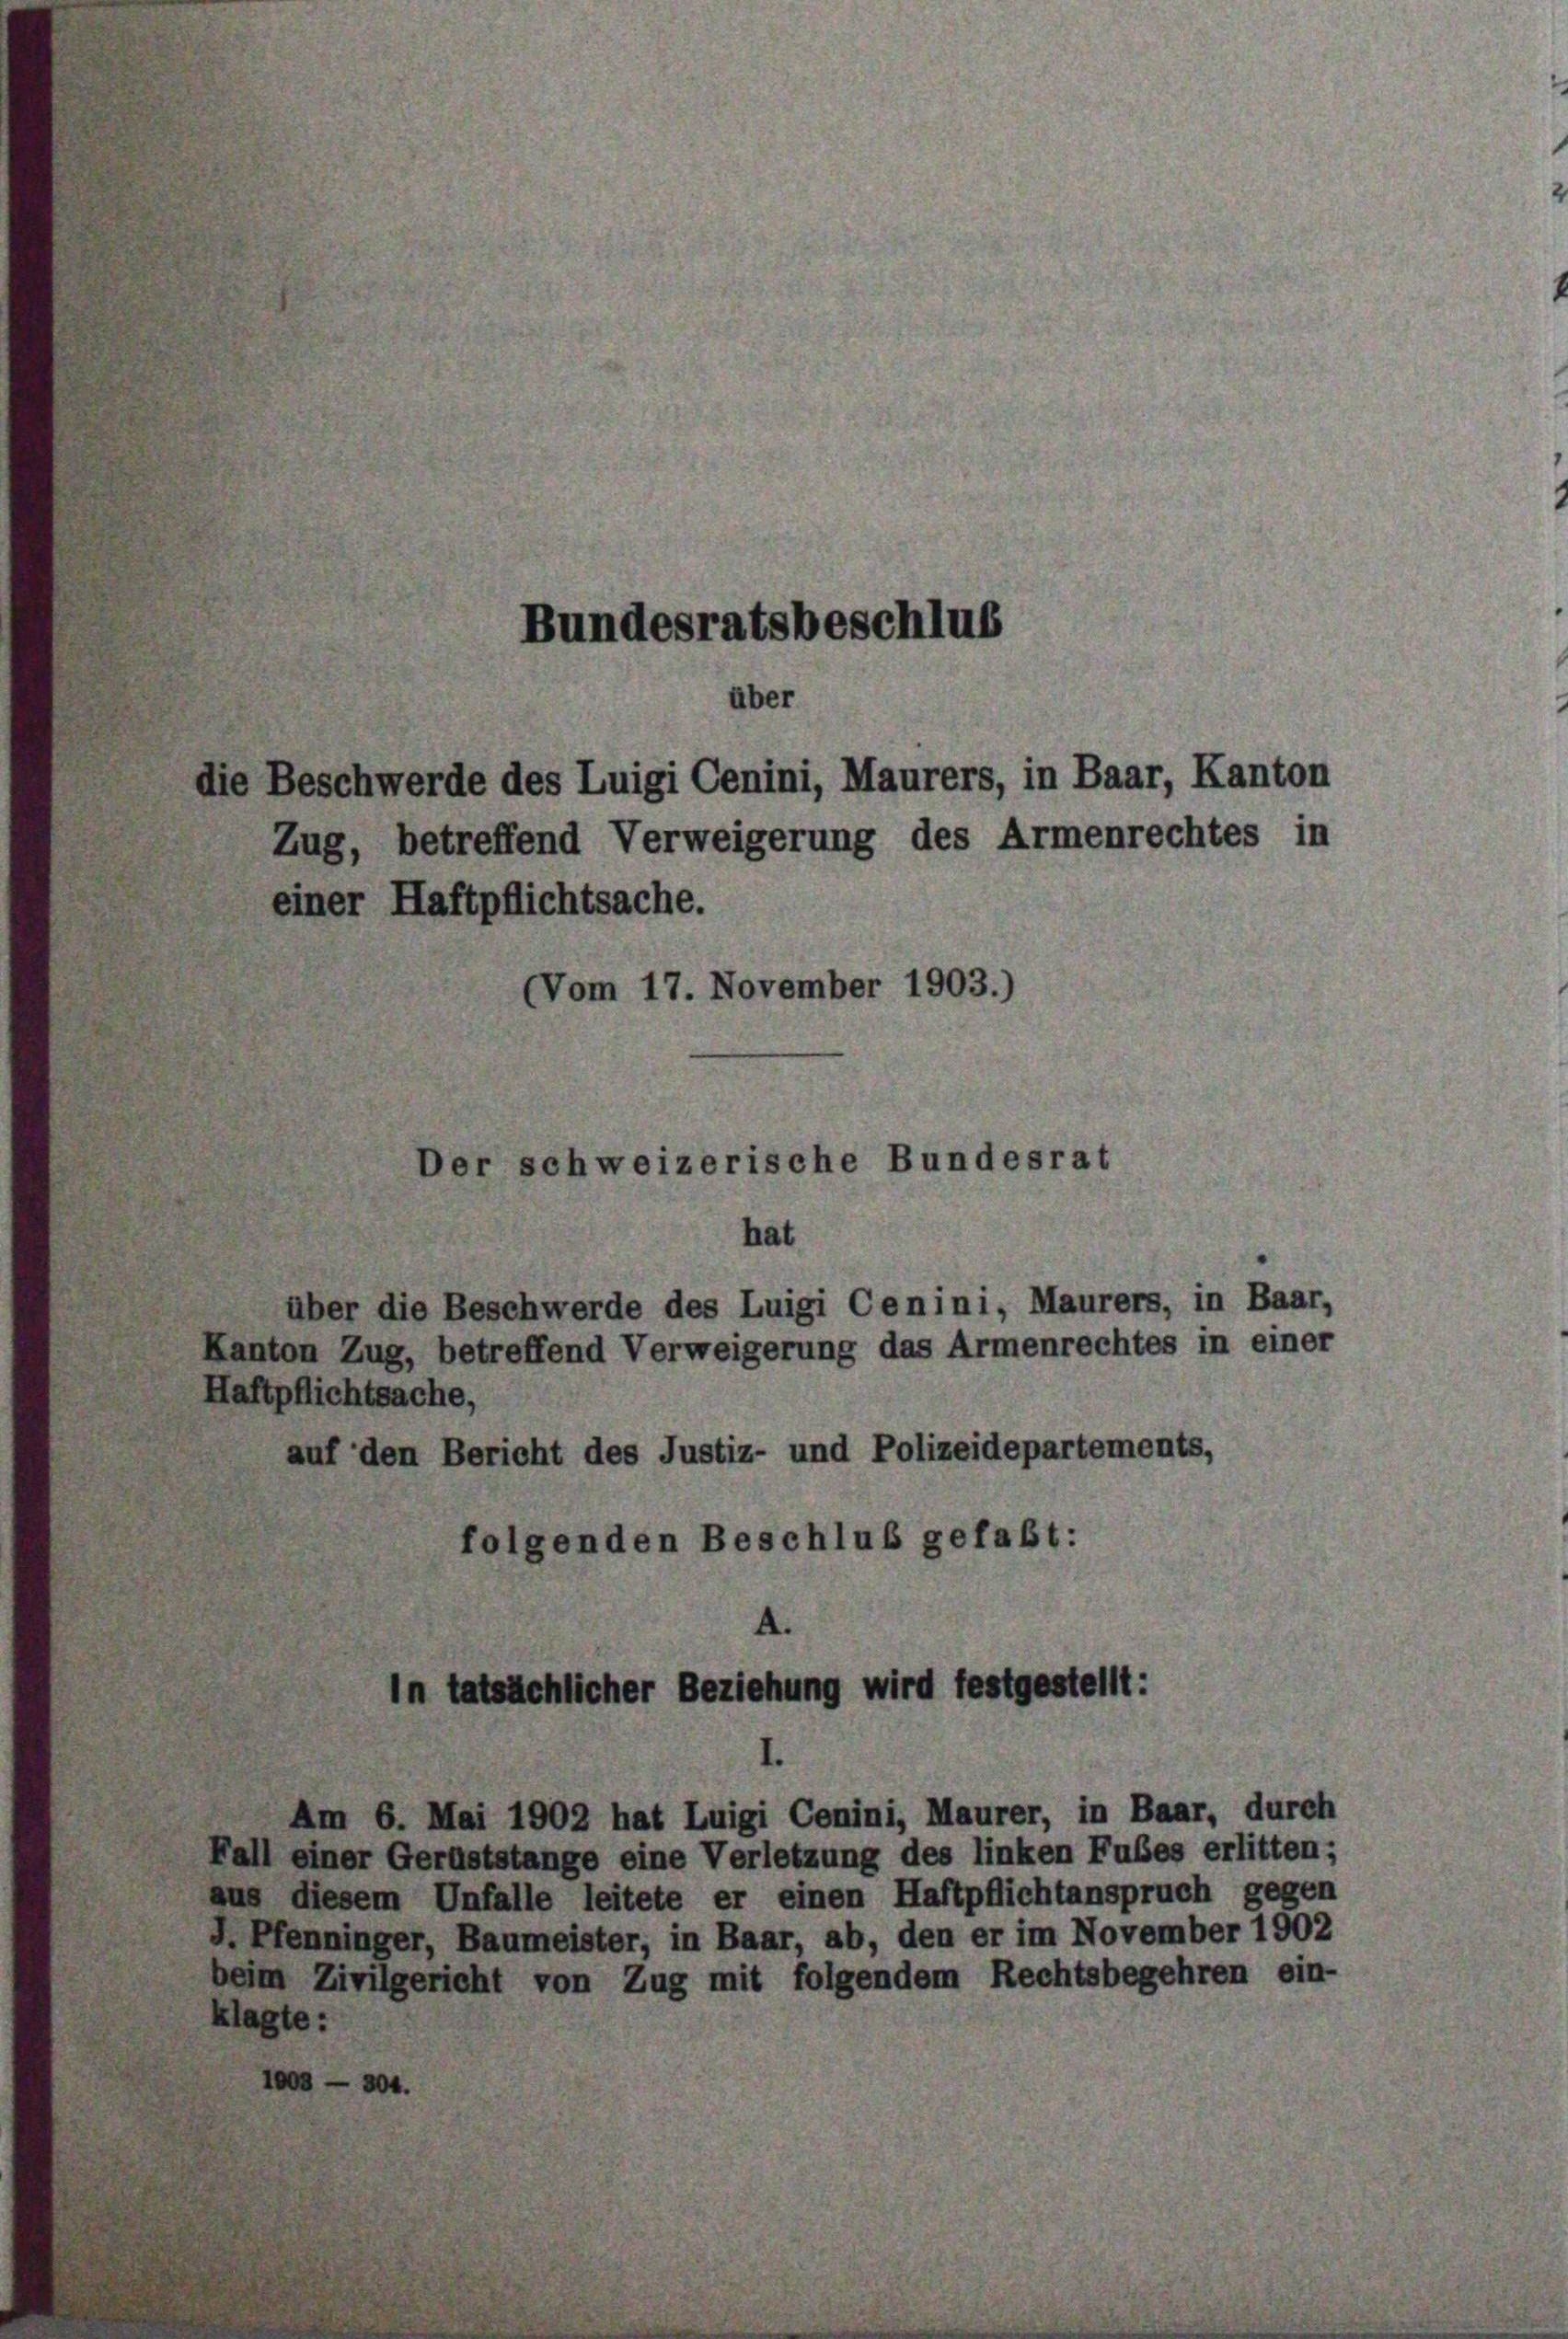
ber
die Beschwerde des Luigi Cenini, Maurers, in Baar, Kanton
Zug, betreffend Verweigerung des Armenrechtes in
einer Haftpflichtsache.
(Vom 17. November 1903.)
Der schweizerische Bundesrat
hat
über die Beschwerde des Luigi Cenini, Maurers, in Baar,
Kanton Zug, betreffend Verweigerung das Armenrechtes in einer
Haftpflichtsache,
auf den Bericht des Justiz- und Polizeidepartements,

Bundesratsbeschlus

hlicher Beziehung wird festgestellt:

6. Mai 1902 hat Luigi Cenini, Maurer, in Baar, durch
er Gerüststange eine Verletzung des linken Fubes erlitten;
sem Unfalle leitete er einen Haftpflichtanspruch gegen
ünger, Baumeister, in Baar, ab, den er im November 1902
ivilgericht von Zug mit folgendem Rechtsbege

folgenden Beschluß gefaßt: